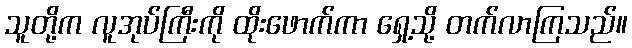
သူတို့က လူအုပ်ကြီးကို ထိုးဖောက်ကာ ရှေ့သို့ တက်လာကြသည်။